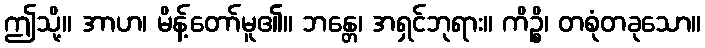
ဤသို့။ အာဟ၊ မိန့်တော်မူ၏။ ဘန္တေ၊ အရှင်ဘုရား။ ကိဉ္စိ၊ တစုံတခုသော။